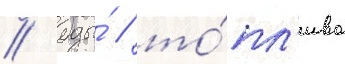
/ еды́ / то́пл'ива